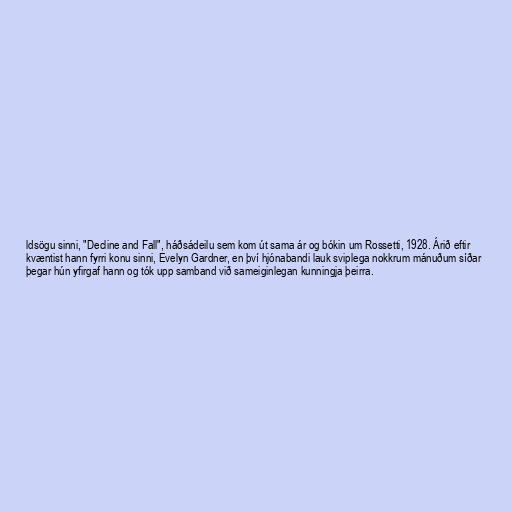
ldsögu sinni, "Decline and Fall", háðsádeilu sem kom út sama ár og bókin um Rossetti, 1928. Árið eftir
kvæntist hann fyrri konu sinni, Evelyn Gardner, en því hjónabandi lauk sviplega nokkrum mánuðum síðar
þegar hún yfirgaf hann og tók upp samband við sameiginlegan kunningja þeirra.